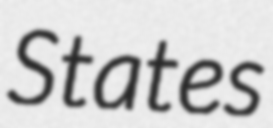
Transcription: States